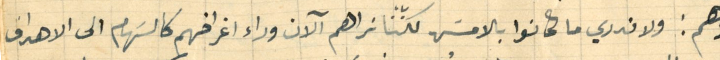
وهم: ولا ندري ما كانوا بالامسَ لكنّنا نراهم الآن وراء اغراضهم كالسَهام الى الاهداف